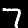
Digit: 7